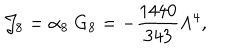
{ \cal J } _ { 8 } = \alpha _ { 8 } ~ \mathrm { G } _ { 8 } = - \frac { 1 4 4 0 } { 3 4 3 } \Lambda ^ { 4 } ,